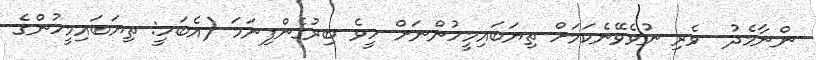
ންނާމެދު  ވެރި ނުވެވޭނެކަމަށް ތިޔަބައިމީހުންނަށް ހީވެ ބިރުގެންފިނަމަ (އެބަހީ: ތިޔަބައިމީހުންގެ